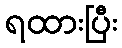
ရထားပြီး